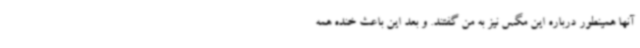
آنها همینطور درباره این مگس نیز به من گفتند. و بعد این باعث خنده همه